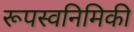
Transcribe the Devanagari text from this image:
रूपस्वनिमिकी